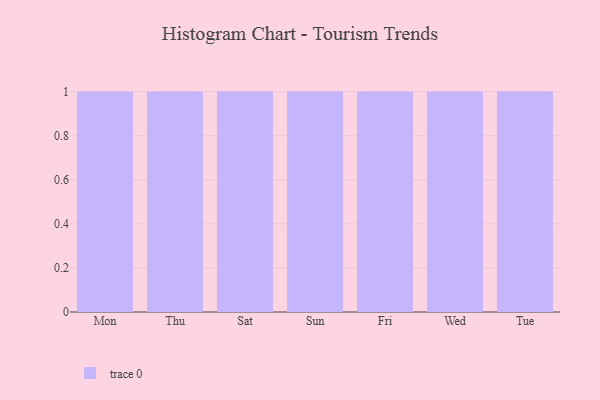
{"axis": {"x": "Day", "y": "Energy Usage (MWh)"}, "legend": [""], "data": [{"x": "Mon", "y": 56, "type": ""}, {"x": "Thu", "y": 77, "type": ""}, {"x": "Sat", "y": 89, "type": ""}, {"x": "Sun", "y": 37, "type": ""}, {"x": "Fri", "y": 53, "type": ""}, {"x": "Wed", "y": 35, "type": ""}, {"x": "Tue", "y": 71, "type": ""}]}